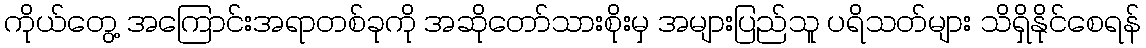
ကိုယ်တွေ့ အကြောင်းအရာတစ်ခုကို အဆိုတော်သားစိုးမှ အများပြည်သူ ပရိသတ်များ သိရှိနိုင်စေရန်